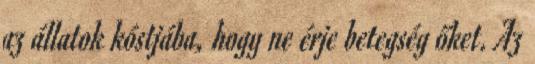
az állatok kóstjába, hogy ne érje betegség őket. Az